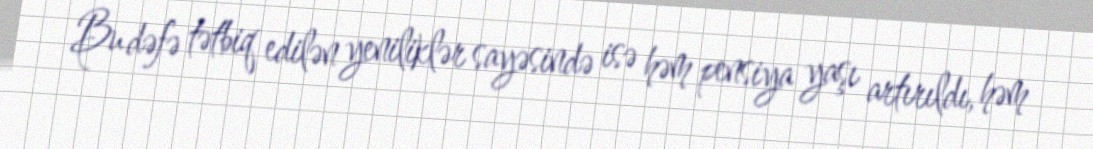
Bu dəfə tətbiq edilən yeniliklər sayəsində isə həm pensiya yaşı artırıldı, həm